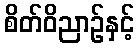
စိတ်ဝိညာဉ်နှင့်